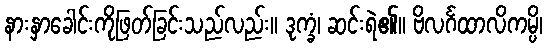
နားနှာခေါင်းကိုဖြတ်ခြင်းသည်လည်း။ ဒုက္ခံ၊ ဆင်းရဲ၏။ ဗိလင်္ဂထာလိကမ္ပိ၊